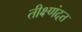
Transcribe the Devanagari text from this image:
तीक्ष्णंदत